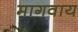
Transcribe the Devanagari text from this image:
मागवाय